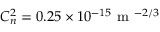
C _ { n } ^ { 2 } = 0 . 2 5 \times 1 0 ^ { - 1 5 } \mathrm { ~ m ~ } ^ { - 2 / 3 }